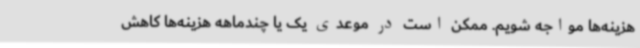
هزینه‌ها مواجه شویم. ممکن است در موعدی یک یا چندماهه هزینه‌ها کاهش